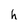
Character: h